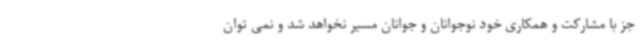
جز با مشارکت و همکاری خود نوجوانان و جوانان مسیر نخواهد شد و نمی توان